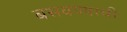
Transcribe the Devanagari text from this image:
बसवण्याची